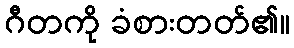
ဂီတကို ခံစားတတ်၏။